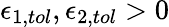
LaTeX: \epsilon_{1,tol},\epsilon_{2,tol}>0